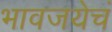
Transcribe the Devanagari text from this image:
भावजयेचं